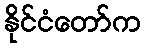
နိုင်ငံတော်က